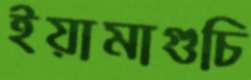
ইয়ামাগুচি